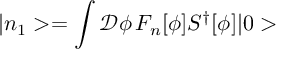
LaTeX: | n _ { 1 } > = \int \mathcal { D } \phi \, F _ { n } [ \phi ] S ^ { \dagger } [ \phi ] | 0 >